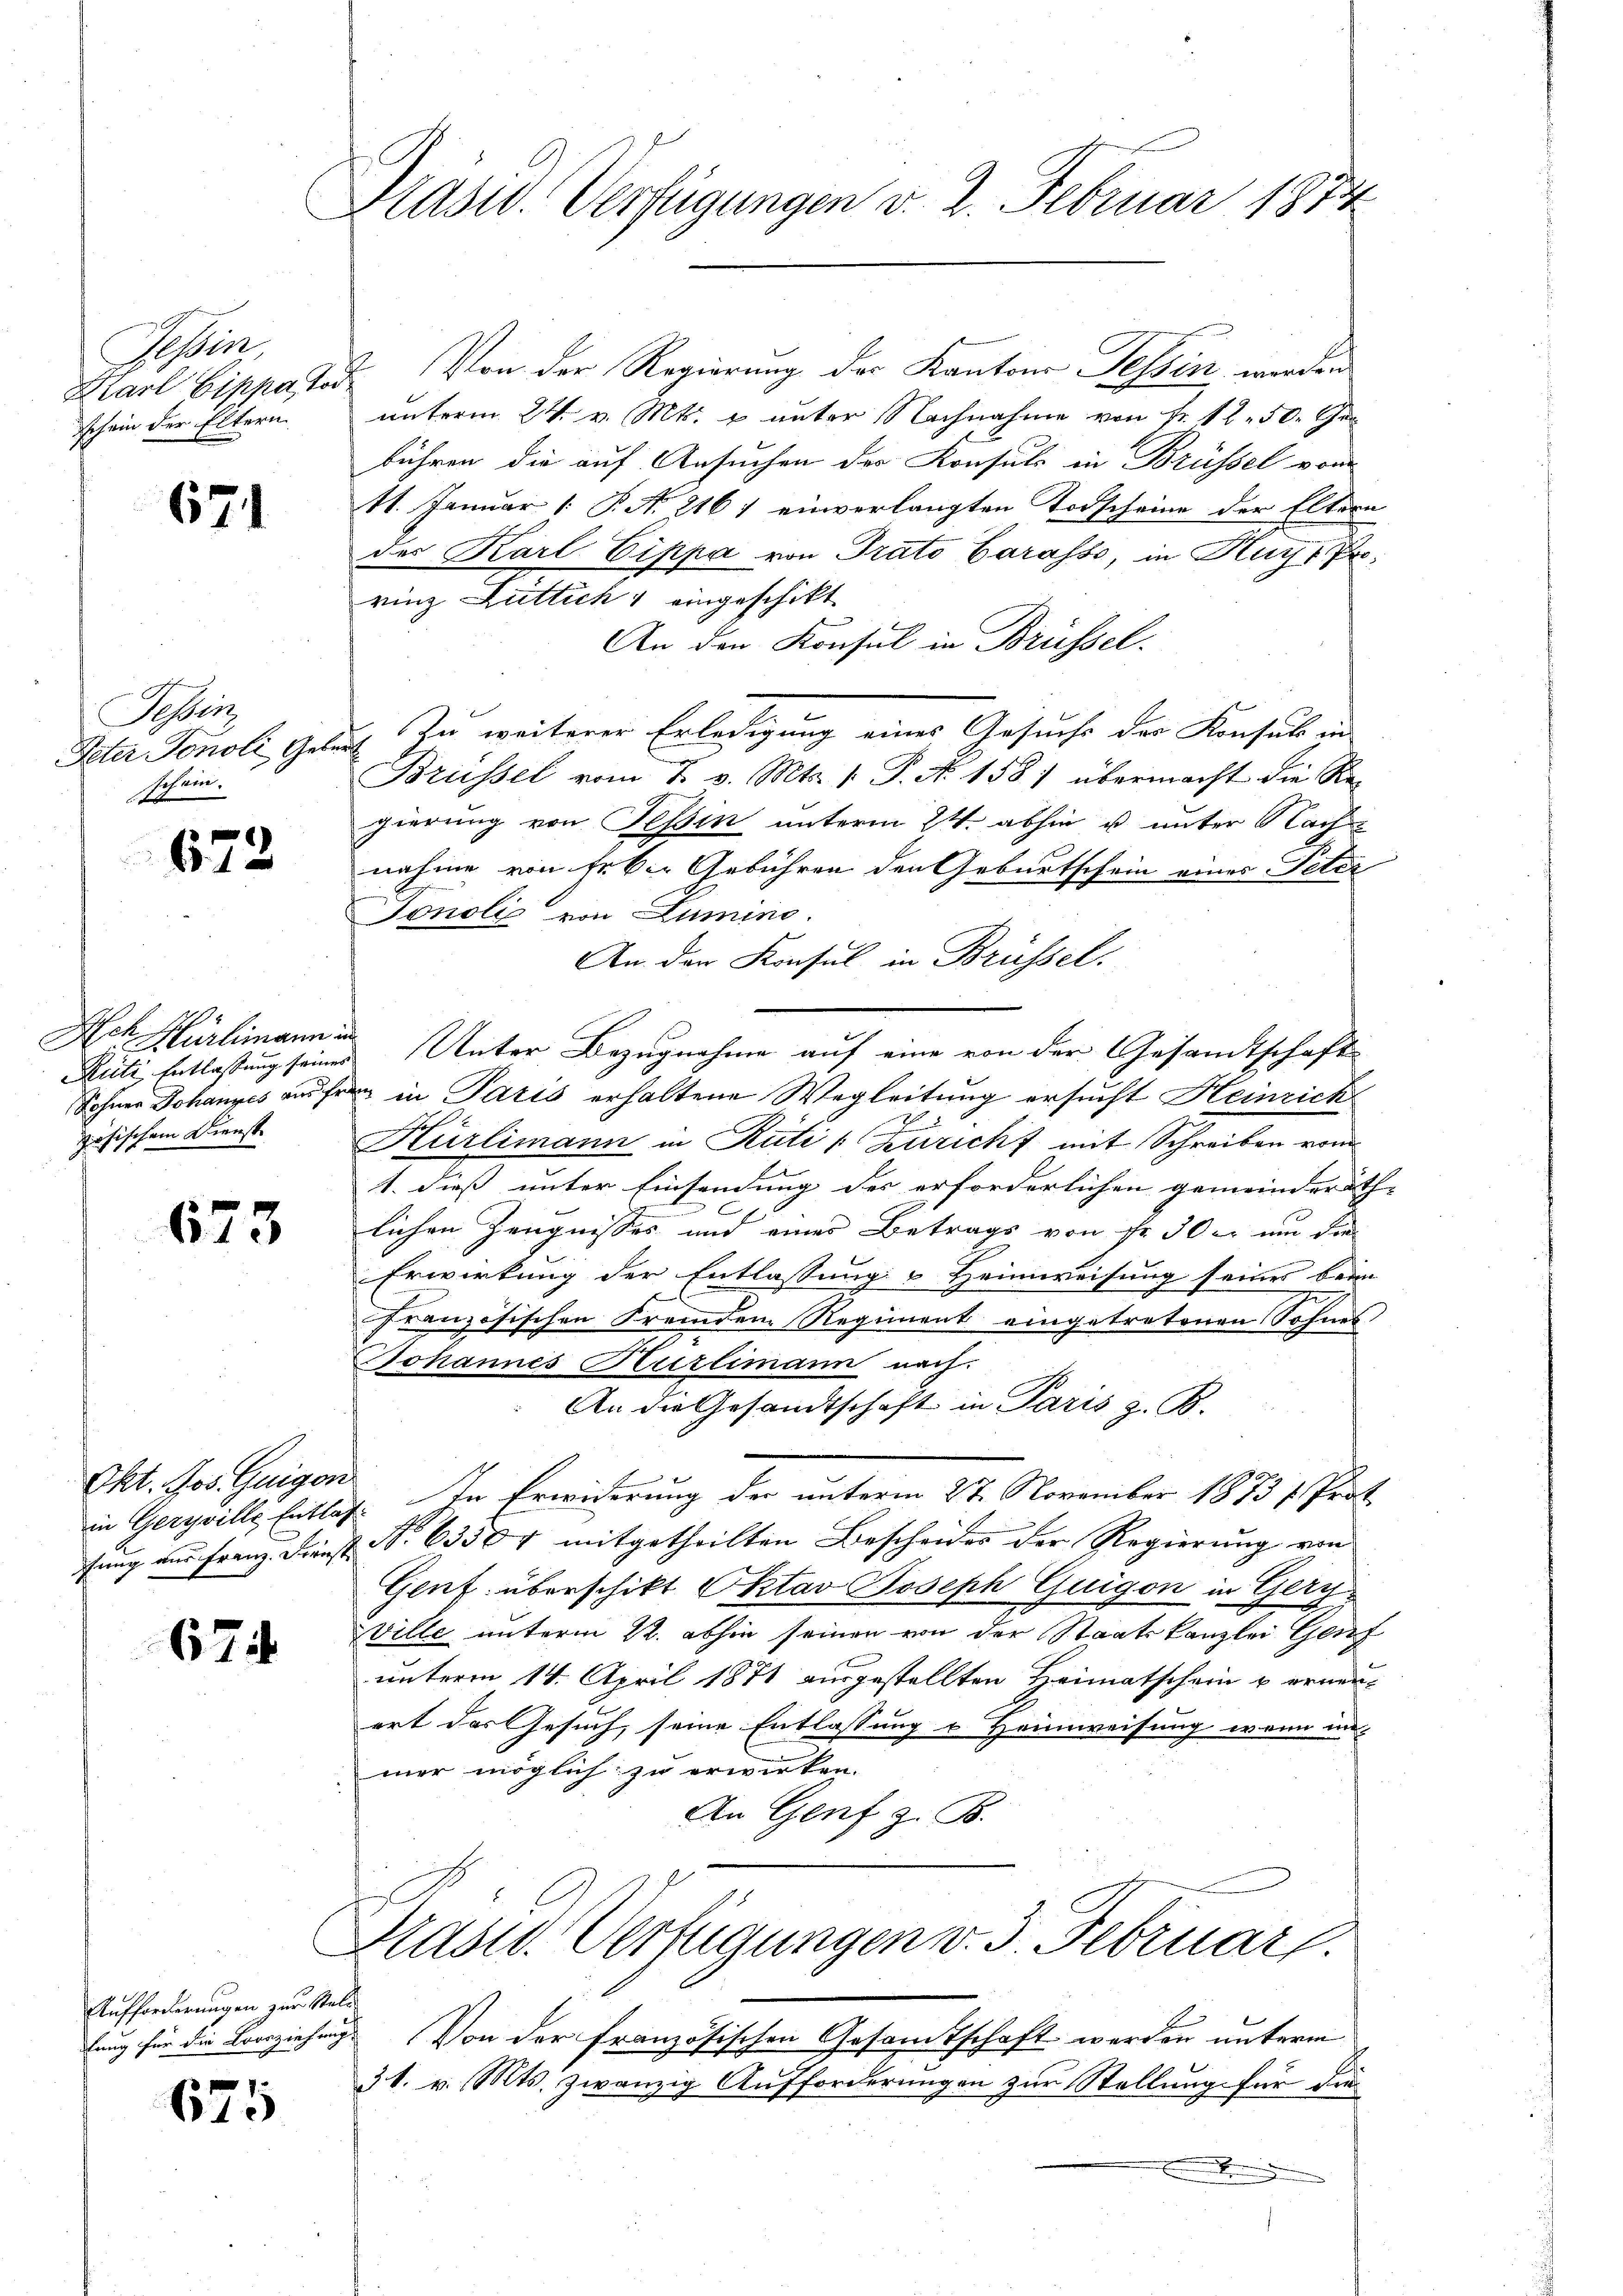
Seen,
Ziarl Cippator
schein der Eltern

671

Tessin,
Peter Tonoli, Gebe
schein.

673

Ach Hürlimann.
Rüti Entlassung seiner
Sohner Johannes aus Er
zösischem Dienst

673

Okt. Jos. Guigon

674

Aufforderungen zur Stafung für die Loorziehung

675

Präsid. Verfügungen v. 2. Februar 1872

Von der Regierung des Kantons Tessin werden
unterm 24. v. Mts. u unter Nachnahme von Fr. 1250. Gen
bühren die auf Ansuchen der Konsule in Brüssel vom
11. Januar 1 S. A. 2167 einverlangten Todscheine der Eltern
des Karl Cippa von Trato Garasso, in Huchs Prorinz Luttich & eingeschikt
An den Konsul in Brüssel.
Zu weiterer Erledigung eines Gesuche des Konsul in
Brüssel vom 7. v. Mts. (: P. No. 158) übermacht die Regierung von Tessin unterm 24. abhin u unter Nach
nahme von Erben Gebühren den Geburtschein eines Peter
Tonolie von Lumino.
An der Konsul in Brüssel.
Unter Bezugnahme auf eine von der Gesandtschaft
u in Paris erhaltene Wegleitung ersucht Heinrich
2
Hürlimann in Rüti (Züricht mit Schreiben vom
1. dies unter Einsendung der erforderlichen gemeinderath- |
.
lichen Zeugnisses und eines Betrags von fr. 30er um die
Erwirkung der Entlassung & Heimweisung seines beim
t
Französischen Freunden Regiment eingetretenen Sohnes
Johannes Kurlimann nach.
An die Gesandtschaft in Paris z. B.
in Geryville Entlas. In Erwiderung der unterm 27. November 1873 f. Prat
fung und Franz. Dienst No. 63364 mitgetheilten Bescheides der Regierung von
Genf. überschikt Oktav Joseph Guigon in Gery-
Ville unterm 12. abhin seinen von der Staatskanzlei Genf
unterm 14. April 1871 ausgestellten Heimatschein u erneuert das Gesuch seine Entlassung u Heimweisung wenn un-
mer möglich zu erwirken.
An Genf z. B.
Präsid. Verfügungen v. 3. Februar.
Von der französischen Gesamtschaft werden unterm
31. v. Mts. zwanzig Aufforderungen zur Stellung für die
.